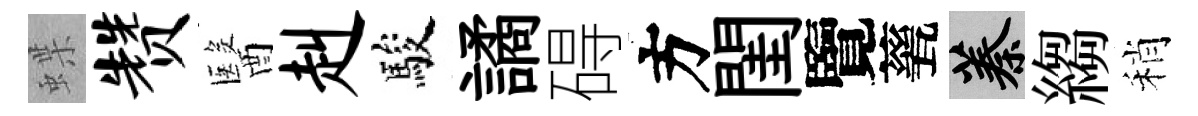
蝶赞醫赳駿譎碍方閨覽甆蓁縐稍